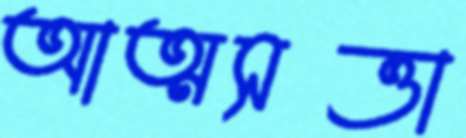
আত্মসত্তা